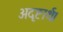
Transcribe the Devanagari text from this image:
अदृष्टार्थ।